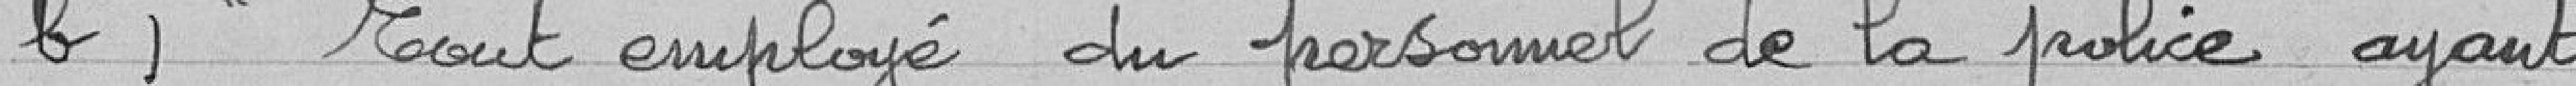
b)  Tout employé du personnel de la police ayant